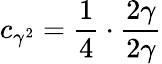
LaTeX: c_{\gamma^{2}}=\frac{1}{4}\cdot\frac{2\gamma}{2\gamma}